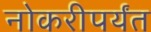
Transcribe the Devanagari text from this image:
नोकरीपर्यंत